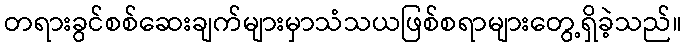
တရားခွင်စစ်ဆေးချက်များမှာသံသယဖြစ်စရာများတွေ့ရှိခဲ့သည်။